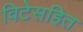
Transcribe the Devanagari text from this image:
विटेसहित